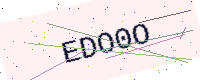
Text: EDO0O